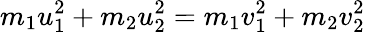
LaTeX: m_{1}u_{1}^{2}+m_{2}u_{2}^{2}=m_{1}v_{1}^{2}+m_{2}v_{2}^{2}\,